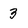
Character: 3